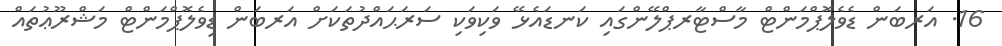
16. އަރބަން ޑެވެލޮޕްމަންޓް މާސްޓާރޕްލޭންގައި ކަނޑައެޅޭ ވަކިވަކި ސަރަޙައްދުތަކަށް އަރބަން ޑިވެލޮޕްމަންޓް މަޝްރޫޢުތައް